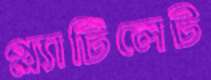
প্ল্যাটিলেট